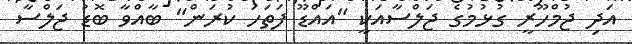
އަދި ޖުމްހޫރީ ގުޅުމުގެ ޖަލްސާއަކީ "އައްޑޫ ފަތަހަ ކުރަން" ބާއްވާ ބޮޑު ޖަލްސާ